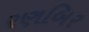
રણબિર